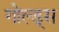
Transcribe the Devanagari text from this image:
गोल्ड्स